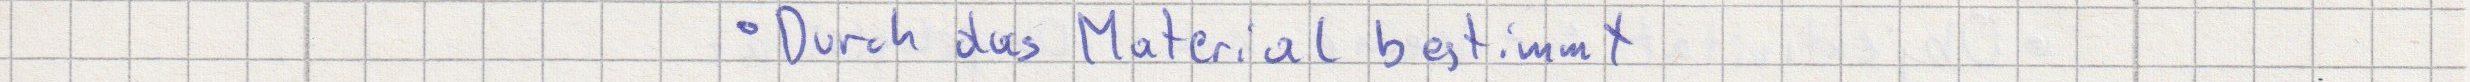
Durch das Material bestimmt